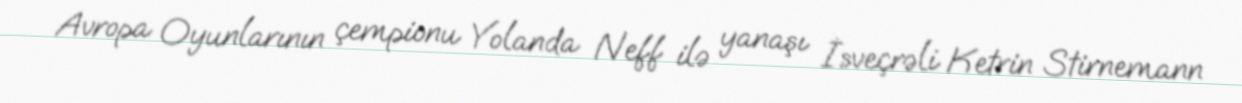
Avropa Oyunlarının çempionu Yolanda Neff ilə yanaşı İsveçrəli Ketrin Stirnemann